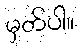
မှတ်ပါ။